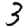
Digit: 3